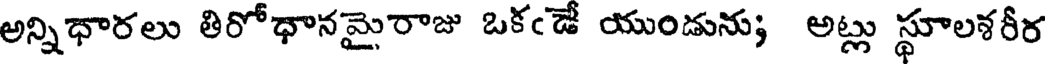
అన్నిధారలు తిరోధానమైరాజు ఒకఁడే యుండును; అట్లు స్థూలశరీర